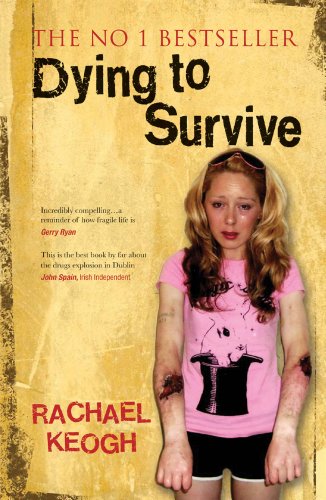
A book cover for Dying to Survive: Rachael's Story; Rachael Keogh; Biographies & Memoirs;